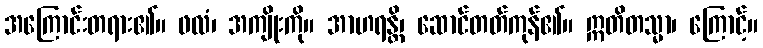
အကြောင်းတရား၏။ ဖလံ၊ အကျိုးကို။ အာဟရန္တိ၊ ဆောင်တတ်ကုန်၏။ ဣတိတသ္မာ၊ ကြောင့်။